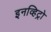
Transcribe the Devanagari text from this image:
इनव्हिट्रो